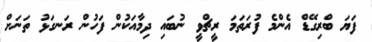
ފަޔަ ބްރިގޭޑް އެންމެ ފުރަތަމަ ރީޗްވީ ނުބައި ދިމާއަކުން ފަހުން ރަނގަޅު ތަނަށް